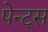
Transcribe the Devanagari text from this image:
पेन्ट्‌स